Document type: Grant
Year: 1310
Scribe: [Unknown]
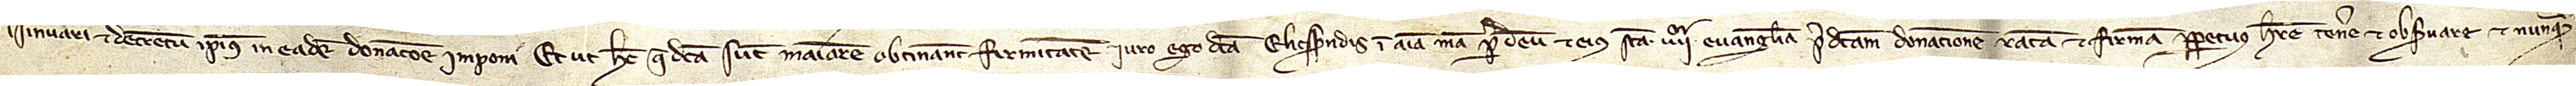
insinuari et decretum ipsius in eadem donacione imponi. Et ut hec que dicta sunt maiorem obtineant firmitatem iuro ego dicta Elicsendis in anima mea per Deum et eius sancta IIIIor Evangelia predictam donacionem ratam et firmam perpetuo habere, tenere et observare et nunquam